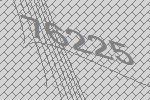
76225